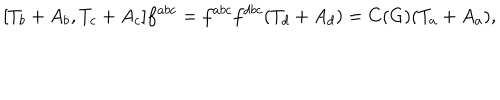
[ T _ { b } + A _ { b } , T _ { c } + A _ { c } ] f ^ { a b c } = f ^ { a b c } f ^ { d b c } ( T _ { d } + A _ { d } ) = C ( G ) ( T _ { a } + A _ { a } ) ,